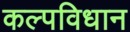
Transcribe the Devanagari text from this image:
कल्पविधान